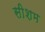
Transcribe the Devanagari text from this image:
सीशम